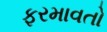
ફરમાવતો